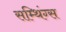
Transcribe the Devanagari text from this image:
सम्थिंग्स